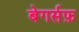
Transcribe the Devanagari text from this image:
बेगर्सफ़